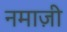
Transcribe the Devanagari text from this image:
नमाज़ी